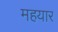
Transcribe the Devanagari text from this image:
महयार